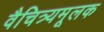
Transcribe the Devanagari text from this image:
वैचित्र्यमूलक